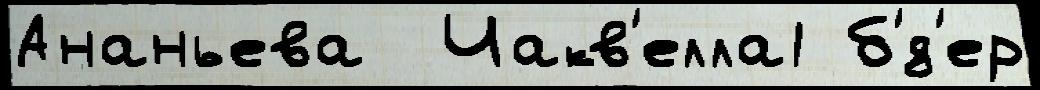
Ананьева  Чакв'елла1 б'́д'ер